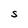
Character: S